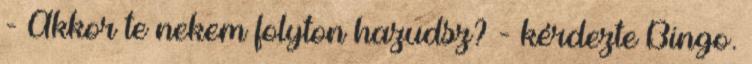
- Akkor te nekem folyton hazudsz? - kérdezte Bingo.